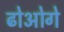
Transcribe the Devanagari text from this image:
ढोओगे